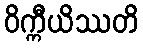
ဝိက္ကီယိဿတိ